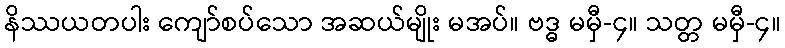
နိဿယတပါး ကျော်စပ်သော အဆယ်မျိုး မအပ်။ ဗဒ္ဓ မမှီ-၄။ သတ္တ မမှီ-၄။